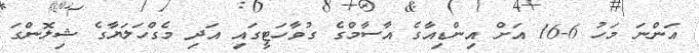
އަންނަ މަހު 6-16 އަށް އިންޑިއާގެ އާސާމްގެ ގުވާހަޓީގައި އަދި މެގްހަލަޔާގެ ޝިލޮންގަ